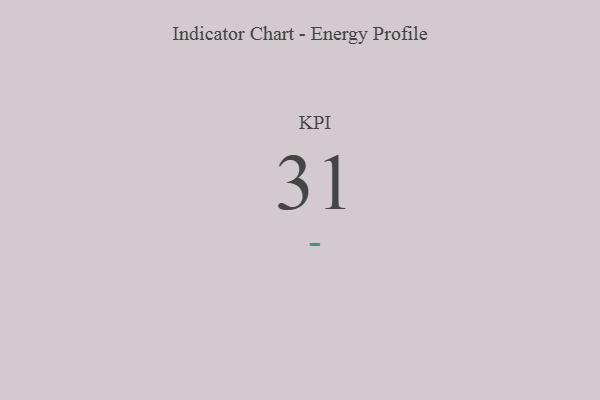
{"axis": {"x": "KPI", "y": "Value"}, "legend": [""], "data": [{"x": "KPI", "y": 31, "type": ""}]}